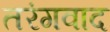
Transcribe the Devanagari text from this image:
तरंगवाद